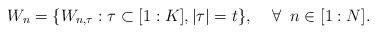
LaTeX: \begin{align*}W_n = \{W_{n,\tau} : \tau \subset [1:K], |\tau| = t\}, \;\;\;\; \forall \;\; n \in [1:N].\end{align*}